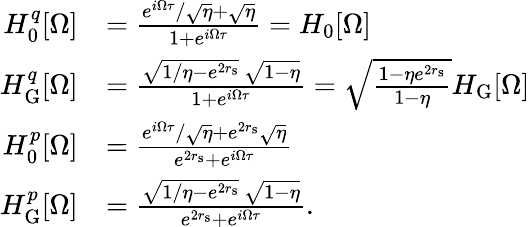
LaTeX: \begin{array}{rl}{H_{0}^{q}[\Omega]}&{=\frac{e^{i\Omega\tau}/\sqrt{\eta}+\sqrt{\eta}}{1+e^{i\Omega\tau}}=H_{0}[\Omega]}\\ {H_{\mathrm{G}}^{q}[\Omega]}&{=\frac{\sqrt{1/\eta-e^{2r_{\mathrm{s}}}}\, \sqrt{1-\eta}}{1+e^{i\Omega\tau}}=\sqrt{\frac{1-\eta e^{2r_{\mathrm{s}}}}{1-\eta}}H_{\mathrm{G}}[\Omega]}\\ {H_{0}^{p}[\Omega]}&{=\frac{e^{i\Omega\tau}/\sqrt{\eta}+e^{2r_{\mathrm{s}}}\sqrt{\eta}}{e^{2r_{\mathrm{s}}}+e^{i\Omega\tau}}}\\ {H_{\mathrm{G}}^{p}[\Omega]}&{=\frac{\sqrt{1/\eta-e^{2r_{\mathrm{s}}}}\, \sqrt{1-\eta}}{e^{2r_{\mathrm{s}}}+e^{i\Omega\tau}}.}\end{array}